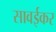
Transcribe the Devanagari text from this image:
सावईकर